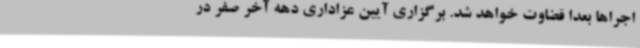
اجراها بعداً قضاوت خواهد شد. برگزاری آیین عزاداری دهه آخر صفر در